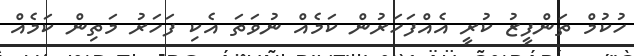
ހުކުމް ތަންފީޒު ކުރީ އެއްފަހަރުން ކަމެއް ނުވަތަ އެކި ފަހަރު މަތިން ކަމެއް